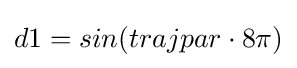
d1=sin(trajpar\cdot 8\pi )